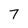
Character: 7